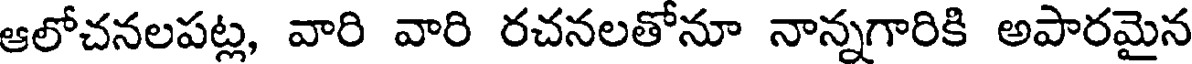
ఆలోచనలపట్ల, వారి వారి రచనలతోనూ నాన్నగారికి అపారమైన